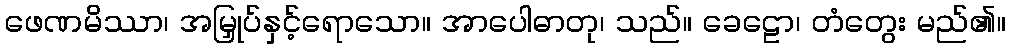
ဖေဏမိဿာ၊ အမြှုပ်နှင့်ရောသော။ အာပေါဓာတု၊ သည်။ ခေဠော၊ တံတွေး မည်၏။